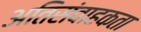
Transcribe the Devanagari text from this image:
अतिसंवाहकता